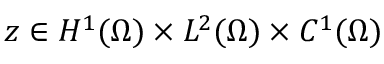
z \in H ^ { 1 } ( \Omega ) \times L ^ { 2 } ( \Omega ) \times C ^ { 1 } ( \Omega )